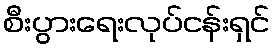
စီးပွားရေးလုပ်ငန်းရှင်